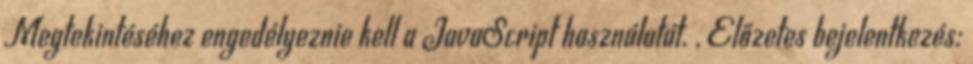
Megtekintéséhez engedélyeznie kell a JavaScript használatát. , Előzetes bejelentkezés: